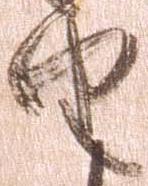
由